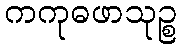
ကကုဓဖာသုဉ္စ